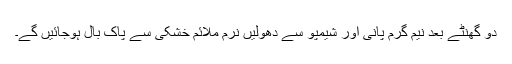
دو گھنٹے بعد نیم گرم پانی اور شیمپو سے دھولیں نرم ملائم خشکی سے پاک بال ہوجائیں گے۔